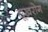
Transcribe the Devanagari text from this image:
सूखरोग